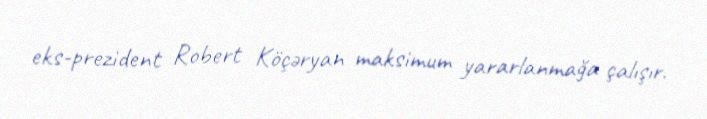
eks-prezident Robert Köçəryan maksimum yararlanmağa çalışır.